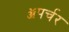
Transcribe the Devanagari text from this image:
ॲपर्चर